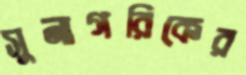
সুনাগরিকের